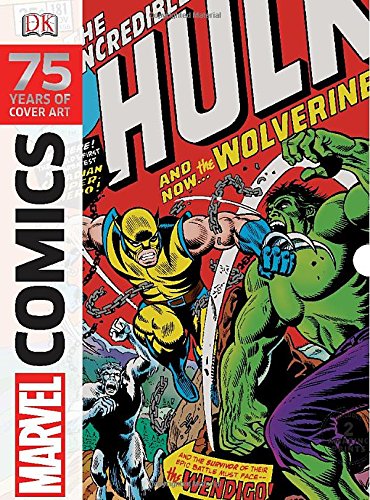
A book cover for Marvel Comics: 75 Years of Cover Art; DK; Comics & Graphic Novels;